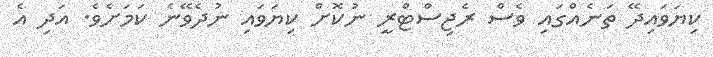
ކިޔަވައިދޭ ތަނެއްގައި ވެސް ރެޖިސްޓްރީ ނުކޮށް ކިޔަވައި ނުދެވޭނެ ކަމަށެވެ. އަދި އެ